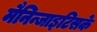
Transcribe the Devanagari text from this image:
मैनिन्जाइटिसके